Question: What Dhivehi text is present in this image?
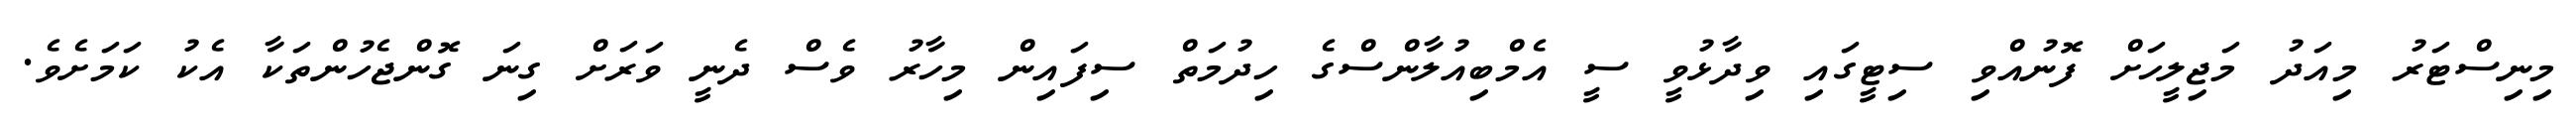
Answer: މިނިސްޓަރު މިއަދު މަޖިލީހަށް ފޮނުއްވި ސިޓީގައި ވިދާޅުވީ ސީ އެމްބިއުލާންސްގެ ހިދުމަތް ސިފައިން މިހާރު ވެސް ދެނީ ވަރަށް ގިނަ ގޮންޖެހުންތަކާ އެކު ކަމަށެވެ.